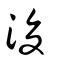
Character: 浚